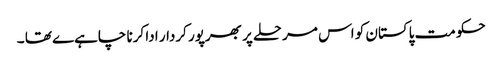
حکومت پاکستان کو اس مرحلے پر بھرپور کردار ادا کرنا چاہےے تھا ۔